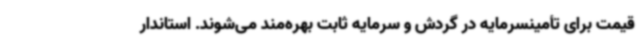
قیمت برای تأمینسرمایه در گردش و سرمایه ثابت بهره‌مند می‌شوند. استاندار